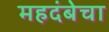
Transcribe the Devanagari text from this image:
महदंबेचा